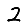
Digit: 2